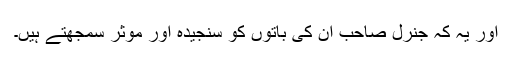
اور یہ کہ جنرل صاحب ان کی باتوں کو سنجیدہ اور موثر سمجھتے ہیں۔